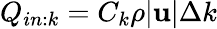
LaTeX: Q_{in:k}=C_{k}\rho|\mathbf{u}|\Delta k